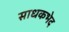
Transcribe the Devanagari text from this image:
साधकभेद